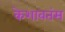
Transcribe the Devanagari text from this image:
केशावतंस